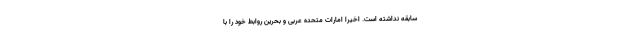
سابقه نداشته است. اخیرا امارات متحده عربی و بحرین روابط خود را با